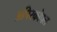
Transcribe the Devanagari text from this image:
अपिस्कोपल